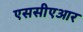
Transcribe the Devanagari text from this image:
एससीएआर